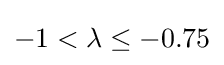
-1<\lambda \leq -0.75